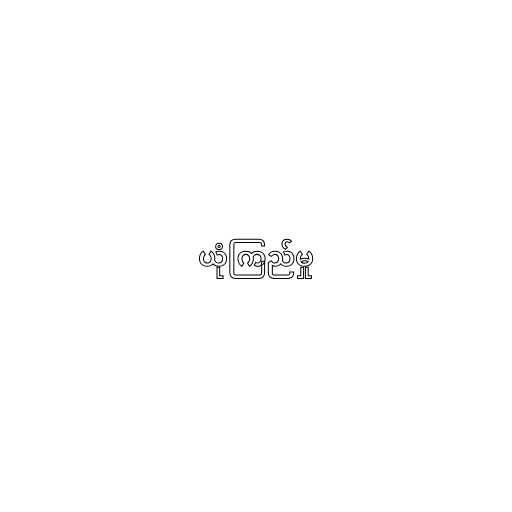
ယုံကြည်မှု